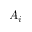
A _ { i }